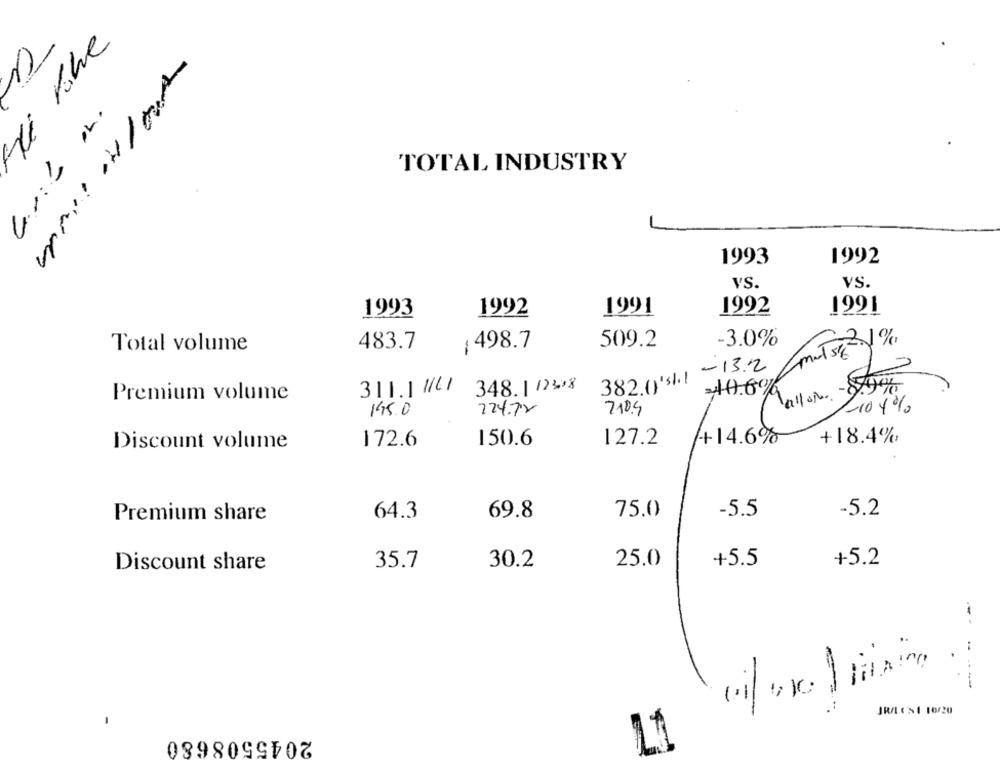
He Ruhe
2
TOTAL INDUSTRY
1993
1992
VS.
vS.
1992
1993
1992
1991
1991
Total volume
483.7
:498.7
509.2
-3.0%
-13.2
382.0)15
allon - 8990
311 .1 16
348. 1 123.8
Premium volume
17.6%
145.0
224.72
210.4
-10 4%
127.2
+14.6%
+18.4%
Discount volume
172.6
150.6
Premium share
64.3
69.8
75.0
-5.5
-5.2
25.0
+5.5
+5.2
Discount share
35.7
30.2
------
JR/ CS1 16/20
2045508680
11